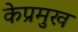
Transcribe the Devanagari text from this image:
केप्रमुख